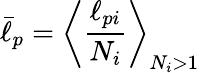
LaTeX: \bar{\ell}_{p}=\left\langle\frac{\ell_{pi}}{N_{i}}\right\rangle_{N_{i}>1}